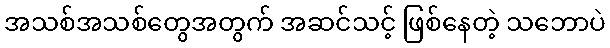
အသစ်အသစ်တွေအတွက် အဆင်သင့် ဖြစ်နေတဲ့ သဘောပဲ